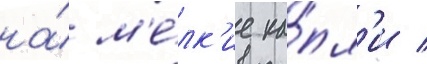
на́ м'е́лк'ие ка́пл'и /